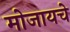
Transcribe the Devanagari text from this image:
मोजायचे